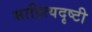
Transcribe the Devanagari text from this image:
साहित्यदृष्टी